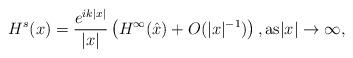
LaTeX: \begin{align*}H^s(x)=\frac{e^{i k|x|}}{|x|}\left(H^\infty(\hat{x})+O(|x|^{-1})\right),\mbox{as}|x|\rightarrow \infty,\end{align*}